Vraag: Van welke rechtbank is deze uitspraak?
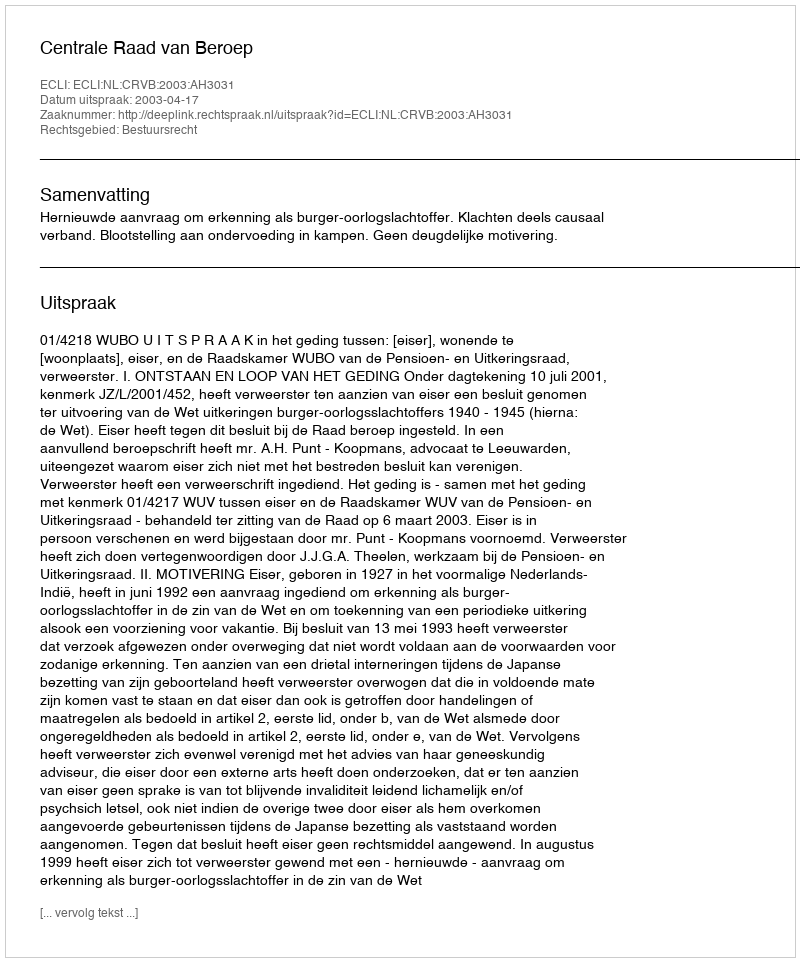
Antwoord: Centrale Raad van Beroep